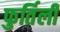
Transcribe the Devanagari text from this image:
फुर्तिली